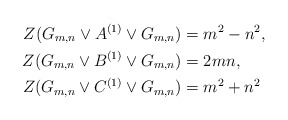
\begin{align*} Z(G_{m,n} \vee A^{(1)} \vee G_{m,n}) &= m^2-n^2,\\ Z(G_{m,n} \vee B^{(1)} \vee G_{m,n}) &= 2mn, \\ Z(G_{m,n} \vee C^{(1)} \vee G_{m,n}) &= m^2+n^2 \end{align*}